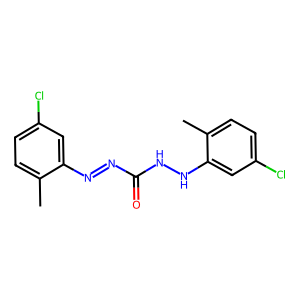
SMILES: Cc1ccc(Cl)cc1N=NC(=O)NNc1cc(Cl)ccc1C
Inhibits HIV replication: No